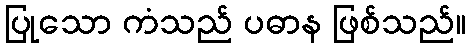
ပြုသော ကံသည် ပဓာန ဖြစ်သည်။